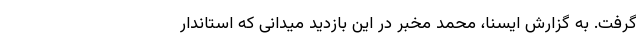
گرفت. به گزارش ایسنا، محمد مخبر در این بازدید میدانی که استاندار